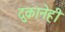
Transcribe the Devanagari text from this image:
दुकानेही